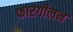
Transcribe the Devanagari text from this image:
फारगीलन